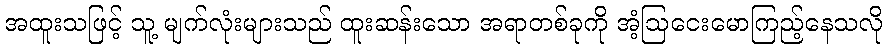
အထူးသဖြင့် သူ့ မျက်လုံးများသည် ထူးဆန်းသော အရာတစ်ခုကို အံ့ဩငေးမောကြည့်နေသလို